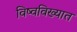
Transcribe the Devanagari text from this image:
विष्वविख्यात